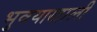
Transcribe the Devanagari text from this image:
भुवयाखाली